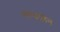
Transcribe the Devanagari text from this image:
माग्डालेन